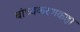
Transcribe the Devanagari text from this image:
बांध्यकरणकहा